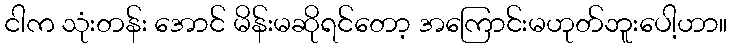
ငါက သုံးတန်း အောင် မိန်းမဆိုရင်တော့ အကြောင်းမဟုတ်ဘူးပေါ့ဟာ။